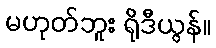
မဟုတ်ဘူး ရိုဒီယွန်။